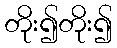
တိုး၍တိုး၍